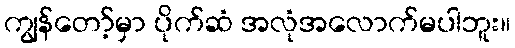
ကျွန်တော့်မှာ ပိုက်ဆံ အလုံအလောက်မပါဘူး။